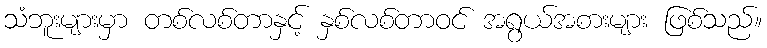
သံဘူးများမှာ တစ်လစ်တာနှင့် နှစ်လစ်တာဝင် အရွယ်အစားများ ဖြစ်သည်။